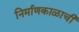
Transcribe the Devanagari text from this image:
निर्माणकाळाची